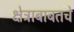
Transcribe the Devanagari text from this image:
क्षेत्राबाबतचे